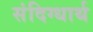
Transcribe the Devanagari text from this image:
संदिग्धार्थ